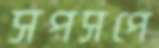
সপসপে